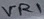
Text: VR1